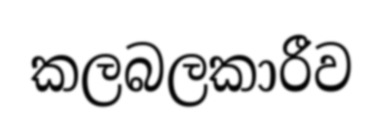
කලබලකාරීව